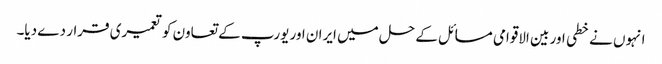
انہوں نے خطی اور بین الاقوامی مسائل کے حل میں ایران اور یورپ کے تعاون کو تعمیری قرار دے دیا۔